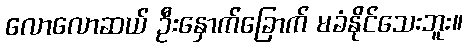
လောလောဆယ် ဦးနှောက်ခြောက် မခံနိုင်သေးဘူး။